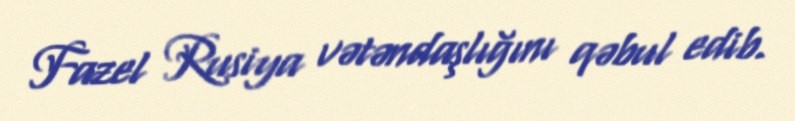
Fazel Rusiya vətəndaşlığını qəbul edib.